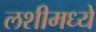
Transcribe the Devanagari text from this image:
लशीमध्ये